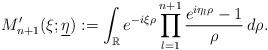
LaTeX: \begin{align*}M'_{n+1}(\xi;\underline{\eta}):=\int_{\mathbb{R}}e^{-i\xi\rho}\prod_{l=1}^{n+1}\frac{e^{i\eta_l\rho}-1}{\rho}\,d\rho.\end{align*}